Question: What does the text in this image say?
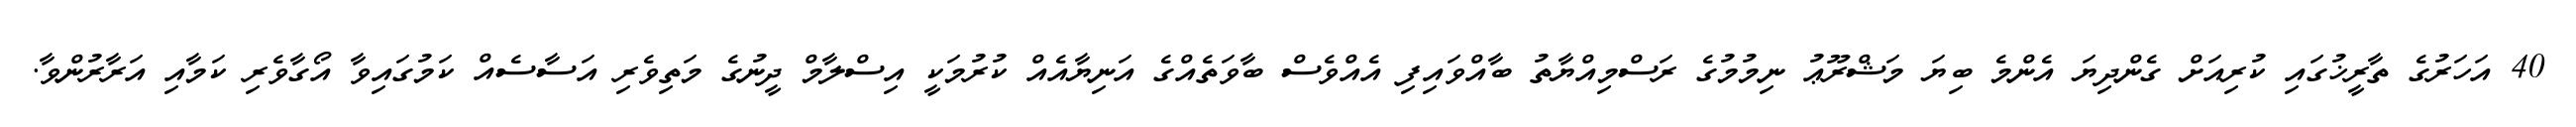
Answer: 40 އަހަރުގެ ތާރީޚުގައި ކުރިއަށް ގެންދިޔަ އެންމެ ބިޔަ މަޝްރޫޢު ނިމުމުގެ ރަސްމިއްޔާތު ބާއްވައިފި އެއްވެސް ބާވަތެއްގެ އަނިޔާއެއް ކުރުމަކީ އިސްލާމް ދީނުގެ މަތިވެރި އަސާސެއް ކަމުގައިވާ އޯގާވެރި ކަމާއި އަރާރުންވާ.